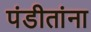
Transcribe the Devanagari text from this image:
पंडीतांना